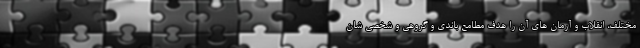
مختلف، انقلاب و آرمان های آن را هدف مطامع باندی و گروهی و شخصی شان